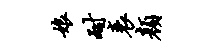
娘耐衰颜